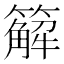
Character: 䉏